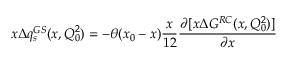
x \Delta q _ { s } ^ { G S } ( x , Q _ { 0 } ^ { 2 } ) = - \theta ( x _ { 0 } - x ) \frac { x } { 1 2 } \frac { \partial [ x \Delta G ^ { R C } ( x , Q _ { 0 } ^ { 2 } ) ] } { \partial x }